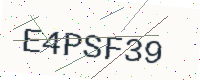
Text: E4PSF39